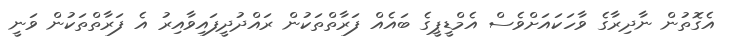
އެގޮތުން ނާދިރާގެ ވާހަކައަށްވެސް އެމްޑީޕީގެ ބައެއް ފަރާތްތަކުން ރައްދުދީފައިވާއިރު އެ ފަރާތްތަކުން ވަނީ